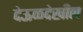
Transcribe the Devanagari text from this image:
देऊळदेखील